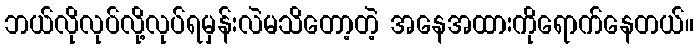
ဘယ်လိုလုပ်လို့လုပ်ရမှန်းလဲမသိတော့တဲ့ အနေအထားကိုရောက်နေတယ်။